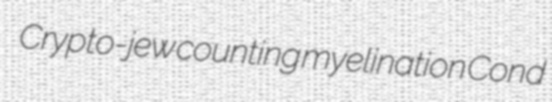
Crypto-jew counting myelination Cond